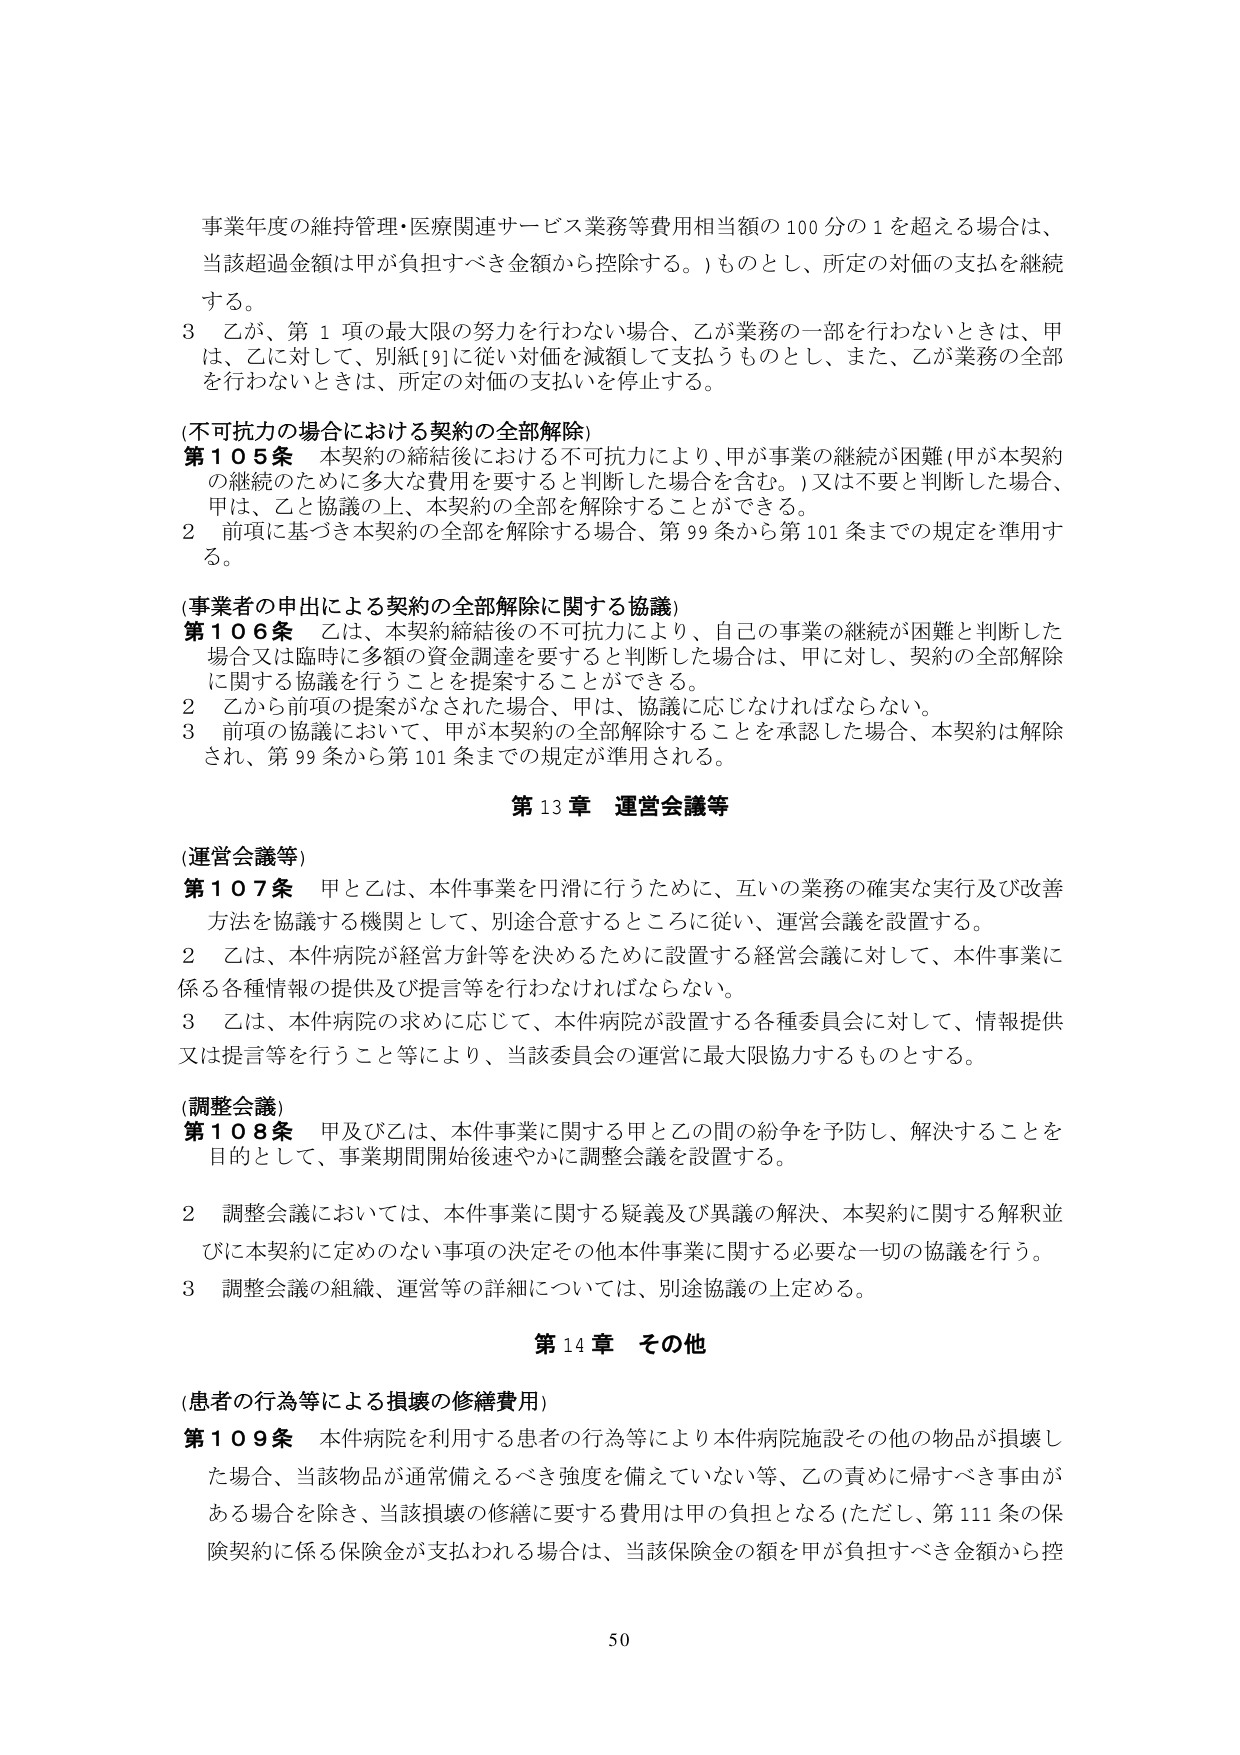
事業年度の維持管理・医療関連サービス業務等費用相当額の100分の1を超える場合は、
当該超過金額は甲が負担すべき金額から控除する。）ものとし、所定の対価の支払を継続
する。

3 乙が、第1項の最大限の努力を行わない場合、乙が業務の一部を行わないときは、甲
は、乙に対して、別紙[9]に従い対価を減額して支払うものとし、また、乙が業務の全部
を行わないときは、所定の対価の支払いを停止する。

（不可抗力の場合における契約の全部解除）
第105条 本契約の締結後における不可抗力により、甲が事業の継続が困難（甲が本契約
の継続のために多大な費用を要すると判断した場合を含む。）又は不要と判断した場合、
甲は、乙と協議の上、本契約の全部を解除することができる。
2 前項に基づき本契約の全部を解除する場合、第99条から第101条までの規定を準用す
る。

（事業者の申出による契約の全部解除に関する協議）
第106条 乙は、本契約締結後の不可抗力により、自己の事業の継続が困難と判断した
場合又は臨時に多額の資金調達を要すると判断した場合は、甲に対し、契約の全部解除
に関する協議を行うことを提案することができる。
2 乙から前項の提案がなされた場合、甲は、協議に応じなければならない。
3 前項の協議において、甲が本契約の全部解除することを承認した場合、本契約は解除
され、第99条から第101条までの規定が準用される。

第13章 運営会議等

（運営会議等）
第107条 甲と乙は、本件事業を円滑に行うために、互いの業務の確実な実行及び改善
方法を協議する機関として、別途合意するところに従い、運営会議を設置する。
2 乙は、本件病院が経営方針等を決めるために設置する経営会議に対して、本件事業に
係る各種情報の提供及び提言等を行わなければならない。
3 乙は、本件病院の求めに応じて、本件病院が設置する各種委員会に対して、情報提供
又は提言等を行うこと等により、当該委員会の運営に最大限協力するものとする。

（調整会議）
第108条 甲及び乙は、本件事業に関する甲と乙の間の紛争を予防し、解決することを
目的として、事業期間開始後速やかに調整会議を設置する。
2 調整会議においては、本件事業に関する疑義及び異議の解決、本契約に関する解釈並
びに本契約に定めのない事項の決定その他本件事業に関する必要な一切の協議を行う。
3 調整会議の組織、運営等の詳細については、別途協議の上定める。

第14章 その他

（患者の行為等による損壊の修繕費用）
第109条 本件病院を利用する患者の行為等により本件病院施設その他の物品が損壊し
た場合、当該物品が通常備えるべき強度を備えていない等、乙の責めに帰すべき事由が
ある場合を除き、当該損壊の修繕に要する費用は甲の負担となる（ただし、第111条の保
険契約に係る保険金が支払われる場合は、当該保険金の額を甲が負担すべき金額から控

50